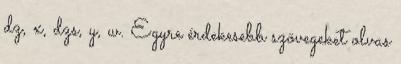
dz, x, dzs, y, w. Egyre érdekesebb szövegeket olvas